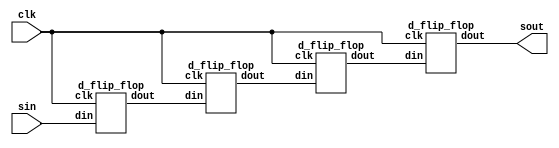
module siso_dff( sin, clk, sout );
output sout ;
input sin ;
input clk ;   
wire w1,w2,w3;

d_flip_flop d0 (.din(sin),.clk(clk),.dout(w1));
d_flip_flop d1 (.din(w1),.clk(clk),.dout(w2));
d_flip_flop d2 (.din(w2),.clk(clk),.dout(w3));
d_flip_flop d3 (.din(w3),.clk(clk),.dout(sout));

endmodule

module d_flip_flop ( din, clk, dout );
output dout ;
reg dout;
input din ;
input clk ; 

always @ (posedge clk)
begin
  dout <= din;
end

endmodule